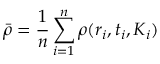
\bar { \rho } = \frac 1 n \sum _ { i = 1 } ^ { n } \rho ( \boldsymbol { r } _ { i } , t _ { i } , \boldsymbol { K } _ { i } )